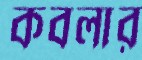
কবলার